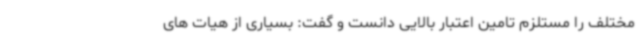
مختلف را مستلزم تامین اعتبار بالایی دانست و گفت: بسیاری از هیات های